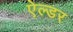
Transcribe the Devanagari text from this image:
ऐल्डर